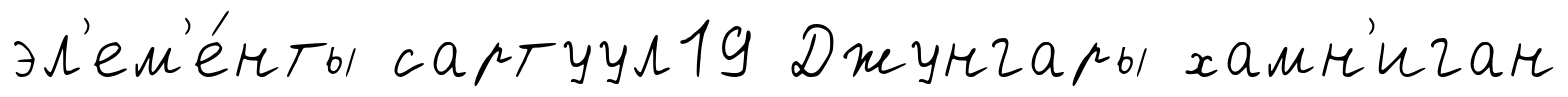
эл'ем'е́нты сартуул19 Джунгары хамн'иган